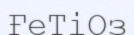
ҒеТіОз